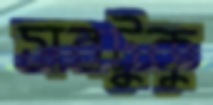
সবটুকু